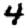
Digit: 4